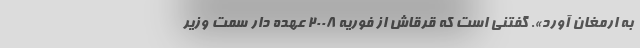
به ارمغان آورد». گفتنی است که قرقاش از فوریه ۲۰۰۸ عهده دار سمت وزیر